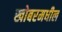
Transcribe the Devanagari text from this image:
खोबरमधील